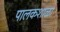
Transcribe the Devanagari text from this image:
पालकशाळा